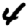
Digit: 4